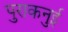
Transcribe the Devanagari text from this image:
पुराकनुई